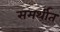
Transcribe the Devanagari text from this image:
समर्थीत